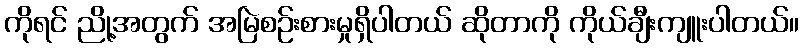
ကိုရင် ညို့အတွက် အမြဲစဉ်းစားမှုရှိပါတယ် ဆိုတာကို ကိုယ်ချီးကျူးပါတယ်။